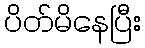
ပိတ်မိနေပြီး